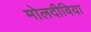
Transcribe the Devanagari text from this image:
मोलदीविया